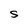
Character: S